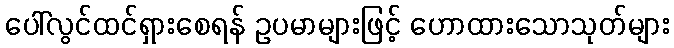
ပေါ်လွင်ထင်ရှားစေရန် ဥပမာများဖြင့် ဟောထားသောသုတ်များ